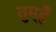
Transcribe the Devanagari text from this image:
तुम्हेँ